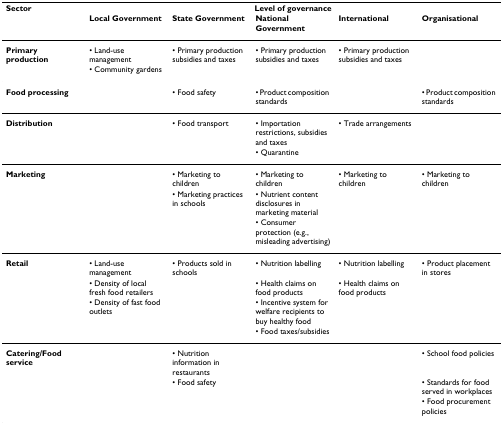
<table><thead><tr><td><b>Sector</b></td><td colspan="5"><b>Level of governance</b></td></tr><tr><td></td><td><b>Local Government</b></td><td><b>State Government</b></td><td><b>National Government</b></td><td><b>International</b></td><td><b>Organisational</b></td></tr></thead><tbody><tr><td><b>Primary production</b></td><td>• Land-use management</td><td>• Primary production subsidies and taxes</td><td>• Primary production subsidies and taxes</td><td>• Primary production subsidies and taxes</td><td></td></tr><tr><td></td><td>• Community gardens</td><td></td><td></td><td></td><td></td></tr><tr><td><b>Food processing</b></td><td></td><td>• Food safety</td><td>• Product composition standards</td><td></td><td>• Product composition standards</td></tr><tr><td><b>Distribution</b></td><td></td><td>• Food transport</td><td>• Importation restrictions, subsidies and taxes</td><td>• Trade arrangements</td><td></td></tr><tr><td></td><td></td><td></td><td>• Quarantine</td><td></td><td></td></tr><tr><td><b>Marketing</b></td><td></td><td>• Marketing to children</td><td>• Marketing to children</td><td>• Marketing to children</td><td>• Marketing to children</td></tr><tr><td></td><td></td><td>• Marketing practices in schools</td><td>• Nutrient content disclosures in marketing material</td><td></td><td></td></tr><tr><td></td><td></td><td></td><td>• Consumer protection (e.g., misleading advertising)</td><td></td><td></td></tr><tr><td><b>Retail</b></td><td>• Land-use management</td><td>• Products sold in schools</td><td>• Nutrition labelling</td><td>• Nutrition labelling</td><td>• Product placement in stores</td></tr><tr><td></td><td>• Density of local fresh food retailers</td><td></td><td>• Health claims on food products</td><td>• Health claims on food products</td><td></td></tr><tr><td></td><td>• Density of fast food outlets</td><td></td><td>• Incentive system for welfare recipients to buy healthy food</td><td></td><td></td></tr><tr><td></td><td></td><td></td><td>• Food taxes/subsidies</td><td></td><td></td></tr><tr><td><b>Catering/Food service</b></td><td></td><td>• Nutrition information in restaurants</td><td></td><td></td><td>• School food policies</td></tr><tr><td></td><td></td><td>• Food safety</td><td></td><td></td><td>• Standards for food served in workplaces</td></tr><tr><td></td><td></td><td></td><td></td><td></td><td>• Food procurement policies</td></tr></tbody></table>